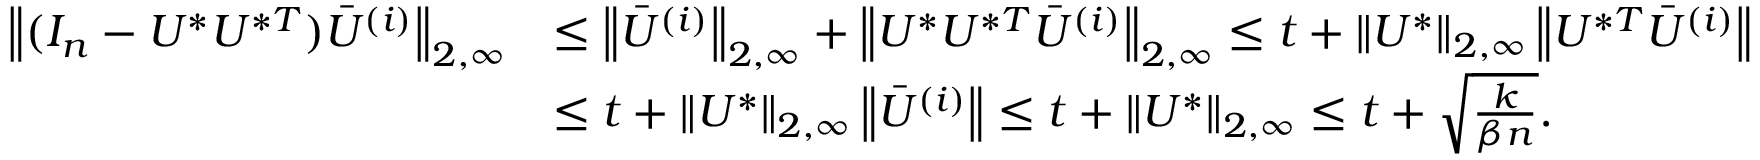
\begin{array} { r l } { \left\| { ( I _ { n } - U ^ { * } U ^ { * T } ) \bar { U } ^ { ( i ) } } \right\| _ { 2 , \infty } } & { \leq \left\| { \bar { U } ^ { ( i ) } } \right\| _ { 2 , \infty } + \left\| { U ^ { * } U ^ { * T } \bar { U } ^ { ( i ) } } \right\| _ { 2 , \infty } \leq t + \left\| { U ^ { * } } \right\| _ { 2 , \infty } \left\| { U ^ { * T } \bar { U } ^ { ( i ) } } \right\| } \\ & { \leq t + \left\| { U ^ { * } } \right\| _ { 2 , \infty } \left\| { \bar { U } ^ { ( i ) } } \right\| \leq t + \left\| { U ^ { * } } \right\| _ { 2 , \infty } \leq t + \sqrt { \frac { k } { \beta n } } . } \end{array}